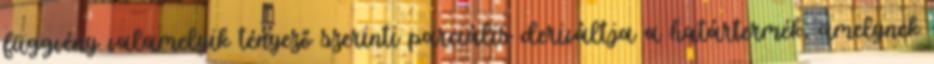
függvény valamelyik tényező szerinti parciális deriváltja a határtermék, amelynek